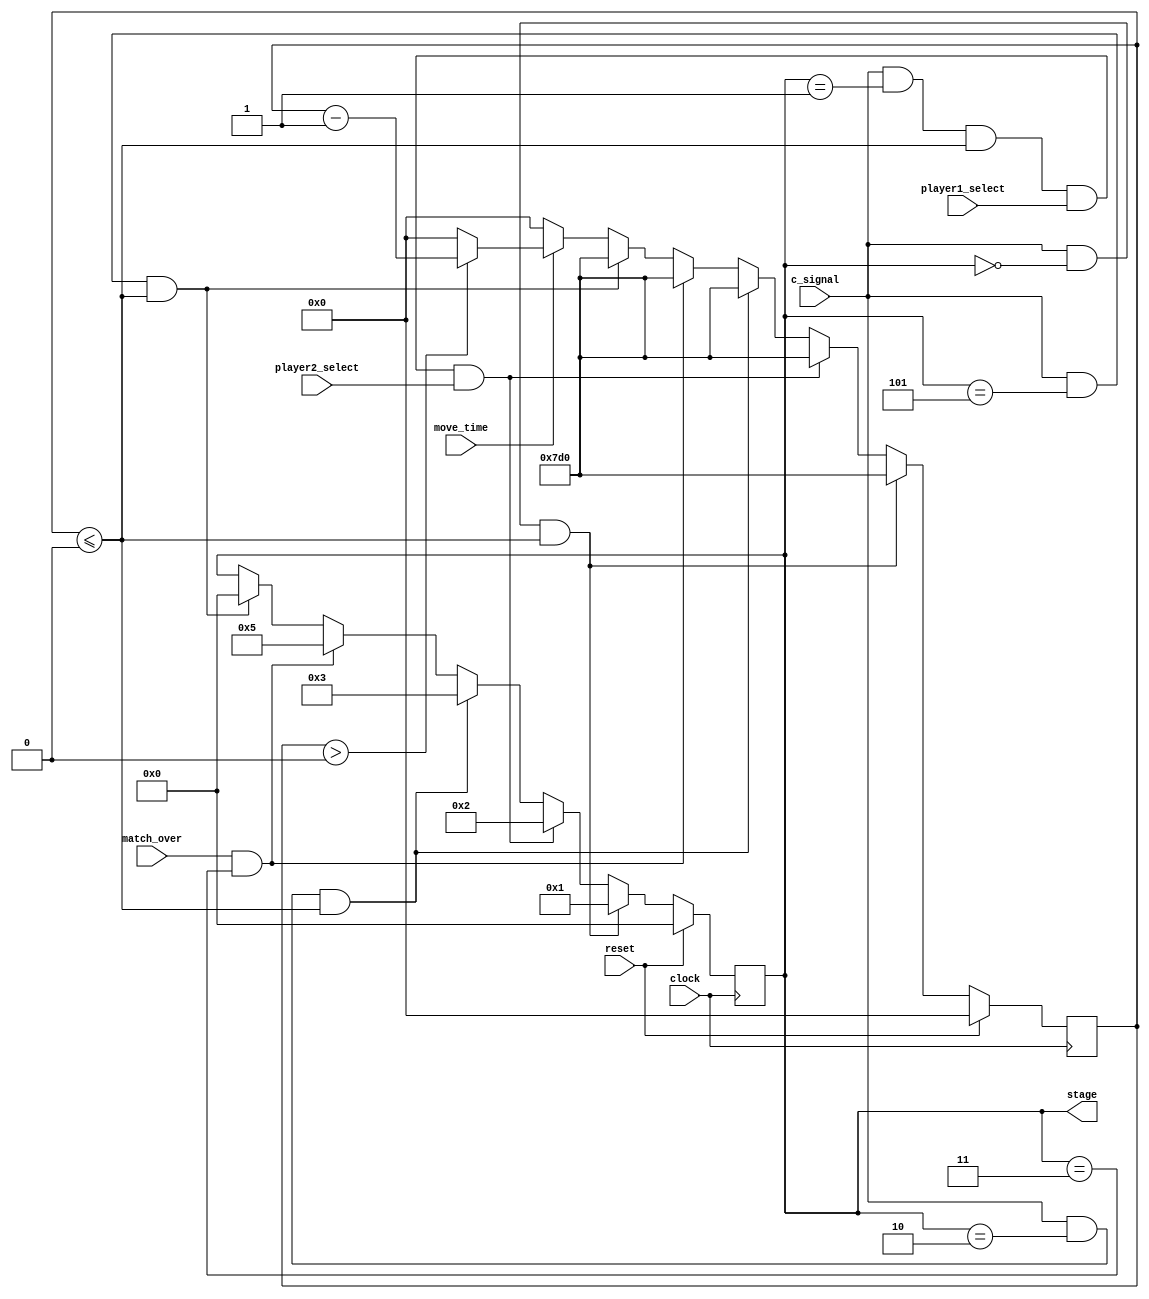
`timescale 1ns / 1ps
//////////////////////////////////////////////////////////////////////////////////
// Company: 
// Engineer: 
// 
// Design Name: 
// Module Name: stateSet
// Project Name: 
// Target Devices: 
// Tool Versions: 
// Description: 
// 
// Dependencies: 
// 
// Revision:
// Revision 0.01 - File Created
// Additional Comments:
// 
//////////////////////////////////////////////////////////////////////////////////


module stateSet(
    input clock,
    input reset,
    input c_signal,
    input player1_select,
    input player2_select,
    input match_over,
    output reg [4:0] stage = 0,
    input move_time

    );

    localparam START = 5'b00000;
    localparam SELECT = 5'b00001;
    localparam BACKGROUND = 5'b00010;
    localparam ANIMATION = 5'b00011;
    localparam GOAL_ANIMATION = 5'b00100;
    localparam WIN_SCREEN = 5'b00101;
    
    reg [10:0] count = 0; 
    
    always @(posedge clock) begin
        if (reset) begin
            count <= 0;
            stage <= START;
        end
        else begin      
            if (move_time == 0) begin
                count <= 0;
            end
            if (move_time == 1) begin
                if (count > 0) begin
                    count <= count - 1;
                end
                else begin
                    count <= 0;
                end
            end

            if (c_signal && (stage == START) && (count <= 0)) begin
                stage <= SELECT;
                count <= 2000;
            end
            else if (c_signal && (stage == SELECT) && (count <= 0) && player1_select && player2_select) begin
                stage <= BACKGROUND;
                count <= 2000;
            end
            else if (c_signal && (stage == BACKGROUND) && (count <= 0)) begin
                stage <= ANIMATION;
                count <= 2000;
            end
            else if (match_over && (stage == ANIMATION)) begin
                stage <= WIN_SCREEN;
                count <= 2000;
            end
            else if (c_signal && (stage == WIN_SCREEN) && (count <= 0)) begin
                stage <= START;
                count <= 2000;
            end
            else begin
                stage <= stage;
            end

       end
    end
endmodule